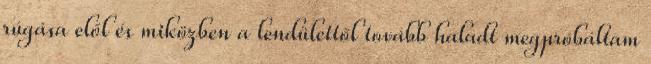
rúgása elől és miközben a lendülettől tovább haladt megpróbáltam